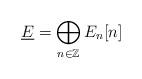
LaTeX: \begin{align*}\underline{E}=\bigoplus_{n\in\mathbb{Z}}E_n[n]\end{align*}